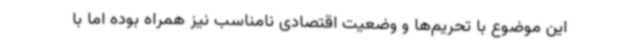
این موضوع با تحریم‌ها و وضعیت اقتصادی نامناسب نیز همراه بوده اما با